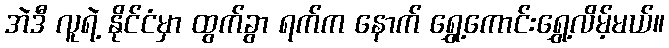
အဲဒီ လူရဲ့ နိုင်ငံမှာ ထွက်ခွာ ရက်က နောက် ရွှေ့ကောင်းရွှေ့လိမ့်မယ်။